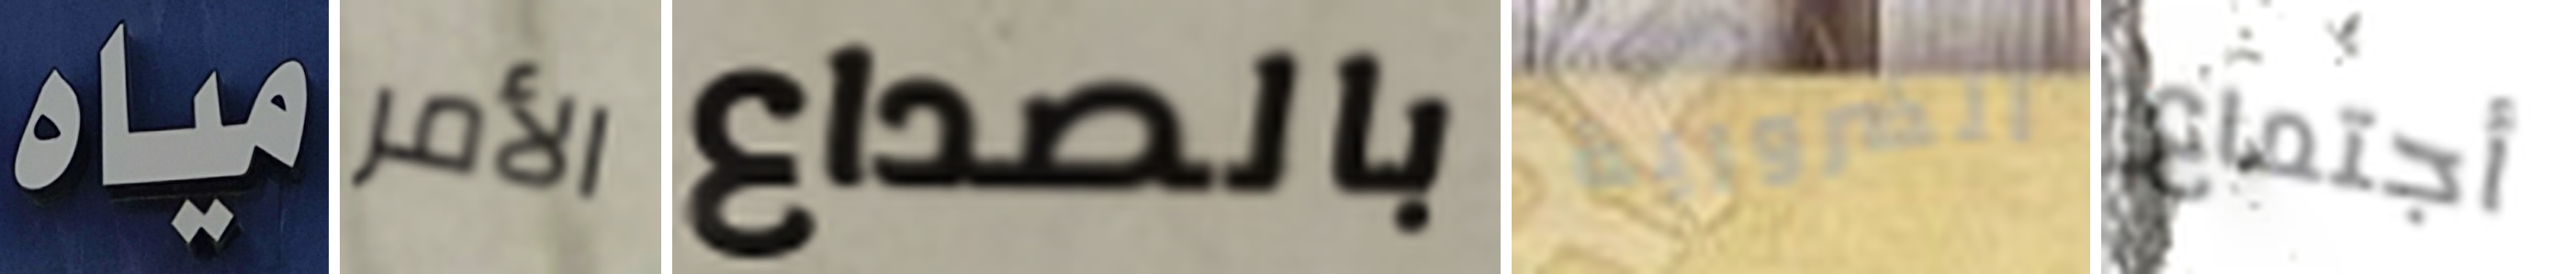
مياه الأمر بالصداع الضرورية أجتماع